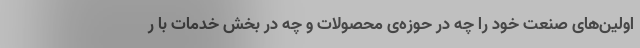
اولین‌های صنعت خود را چه در حوزه‌ی محصولات و چه در بخش خدمات با ر